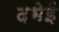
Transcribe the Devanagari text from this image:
दभेई